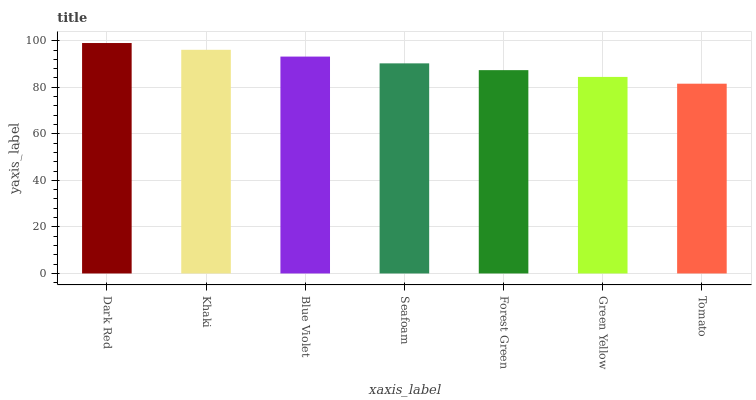
| xaxis_label | bars |
 | --- | --- |
 | Dark Red | 99 |
 | Khaki | 96.1 |
 | Blue Violet | 93.2 |
 | Seafoam | 90.3 |
 | Forest Green | 87.4 |
 | Green Yellow | 84.4 |
 | Tomato | 81.5 |